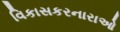
વિકાસકરનારાઓ